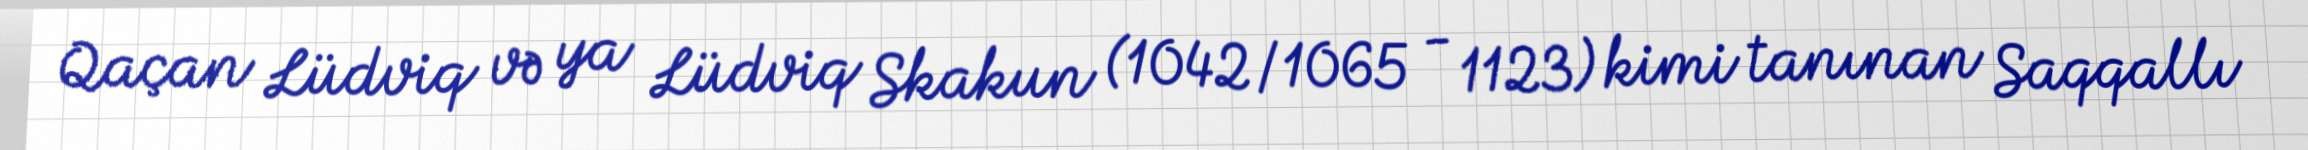
Qaçan Lüdviq və ya Lüdviq Skakun (1042/1065 - 1123) kimi tanınan Saqqallı